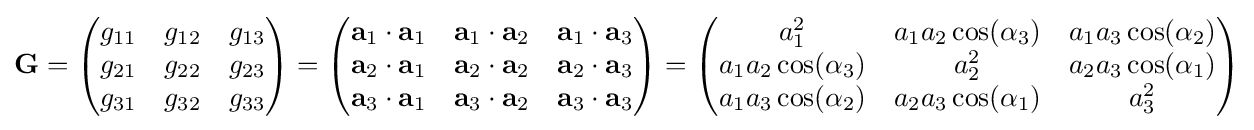
\mathbf {G} ={\begin{pmatrix}g_{11}&g_{12}&g_{13}\\g_{21}&g_{22}&g_{23}\\g_{31}&g_{32}&g_{33}\end{pmatrix}}={\begin{pmatrix}\mathbf {a} _{1}\cdot \mathbf {a} _{1}&\mathbf {a} _{1}\cdot \mathbf {a} _{2}&\mathbf {a} _{1}\cdot \mathbf {a} _{3}\\\mathbf {a} _{2}\cdot \mathbf {a} _{1}&\mathbf {a} _{2}\cdot \mathbf {a} _{2}&\mathbf {a} _{2}\cdot \mathbf {a} _{3}\\\mathbf {a} _{3}\cdot \mathbf {a} _{1}&\mathbf {a} _{3}\cdot \mathbf {a} _{2}&\mathbf {a} _{3}\cdot \mathbf {a} _{3}\end{pmatrix}}={\begin{pmatrix}a_{1}^{2}&a_{1}a_{2}\cos(\alpha _{3})&a_{1}a_{3}\cos(\alpha _{2})\\a_{1}a_{2}\cos(\alpha _{3})&a_{2}^{2}&a_{2}a_{3}\cos(\alpha _{1})\\a_{1}a_{3}\cos(\alpha _{2})&a_{2}a_{3}\cos(\alpha _{1})&a_{3}^{2}\end{pmatrix}}